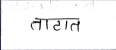
मजकूर: ताटात